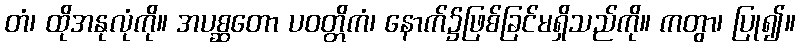
တံ၊ ထိုအနုလုံကို။ အပစ္ဆတော ပဝတ္တိကံ၊ နောက်၌ဖြစ်ခြင်မရှိသည်ကို။ ကတွာ၊ ပြု၍။